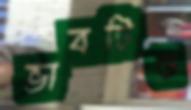
ভাবটিও